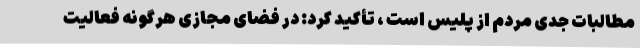
مطالبات جدی مردم از پلیس است ، تأکید کرد: در فضای مجازی هرگونه فعالیت